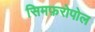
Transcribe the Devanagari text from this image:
सिमफ़रोपोल